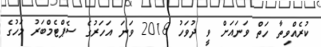
ކުރެއްވިތާ ހަތް ވަނައަށް ވީ ދުވަހު 2018 ވަނަ އަހަރުގެ ސެޕްޓެމްބަރު މަހުގެ